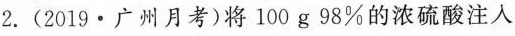
2.(2019 · 广州月考)将100g98%的浓硫酸注入